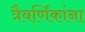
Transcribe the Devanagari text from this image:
त्रैवर्णिकांना